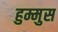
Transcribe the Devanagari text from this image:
हुम्मुस